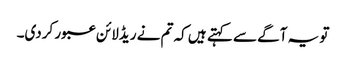
تو یہ آگے سے کہتے ہیں کہ تم نے ریڈلائن عبور کردی۔